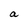
Character: a